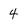
Character: 4